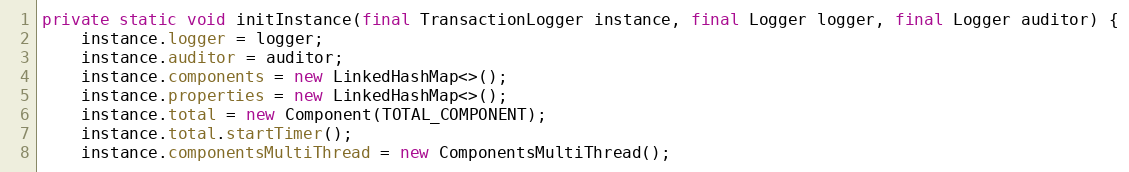
Language: Java
private static void initInstance(final TransactionLogger instance, final Logger logger, final Logger auditor) {
    instance.logger = logger;
    instance.auditor = auditor;
    instance.components = new LinkedHashMap<>();
    instance.properties = new LinkedHashMap<>();
    instance.total = new Component(TOTAL_COMPONENT);
    instance.total.startTimer();
    instance.componentsMultiThread = new ComponentsMultiThread();